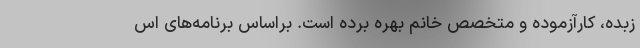
زبده، کارآزموده و متخصصِ خانم بهره برده است. براساس برنامه‌های اس